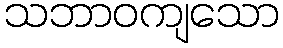
သဘာဝကျသော